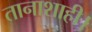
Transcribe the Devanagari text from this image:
तानाशाही।